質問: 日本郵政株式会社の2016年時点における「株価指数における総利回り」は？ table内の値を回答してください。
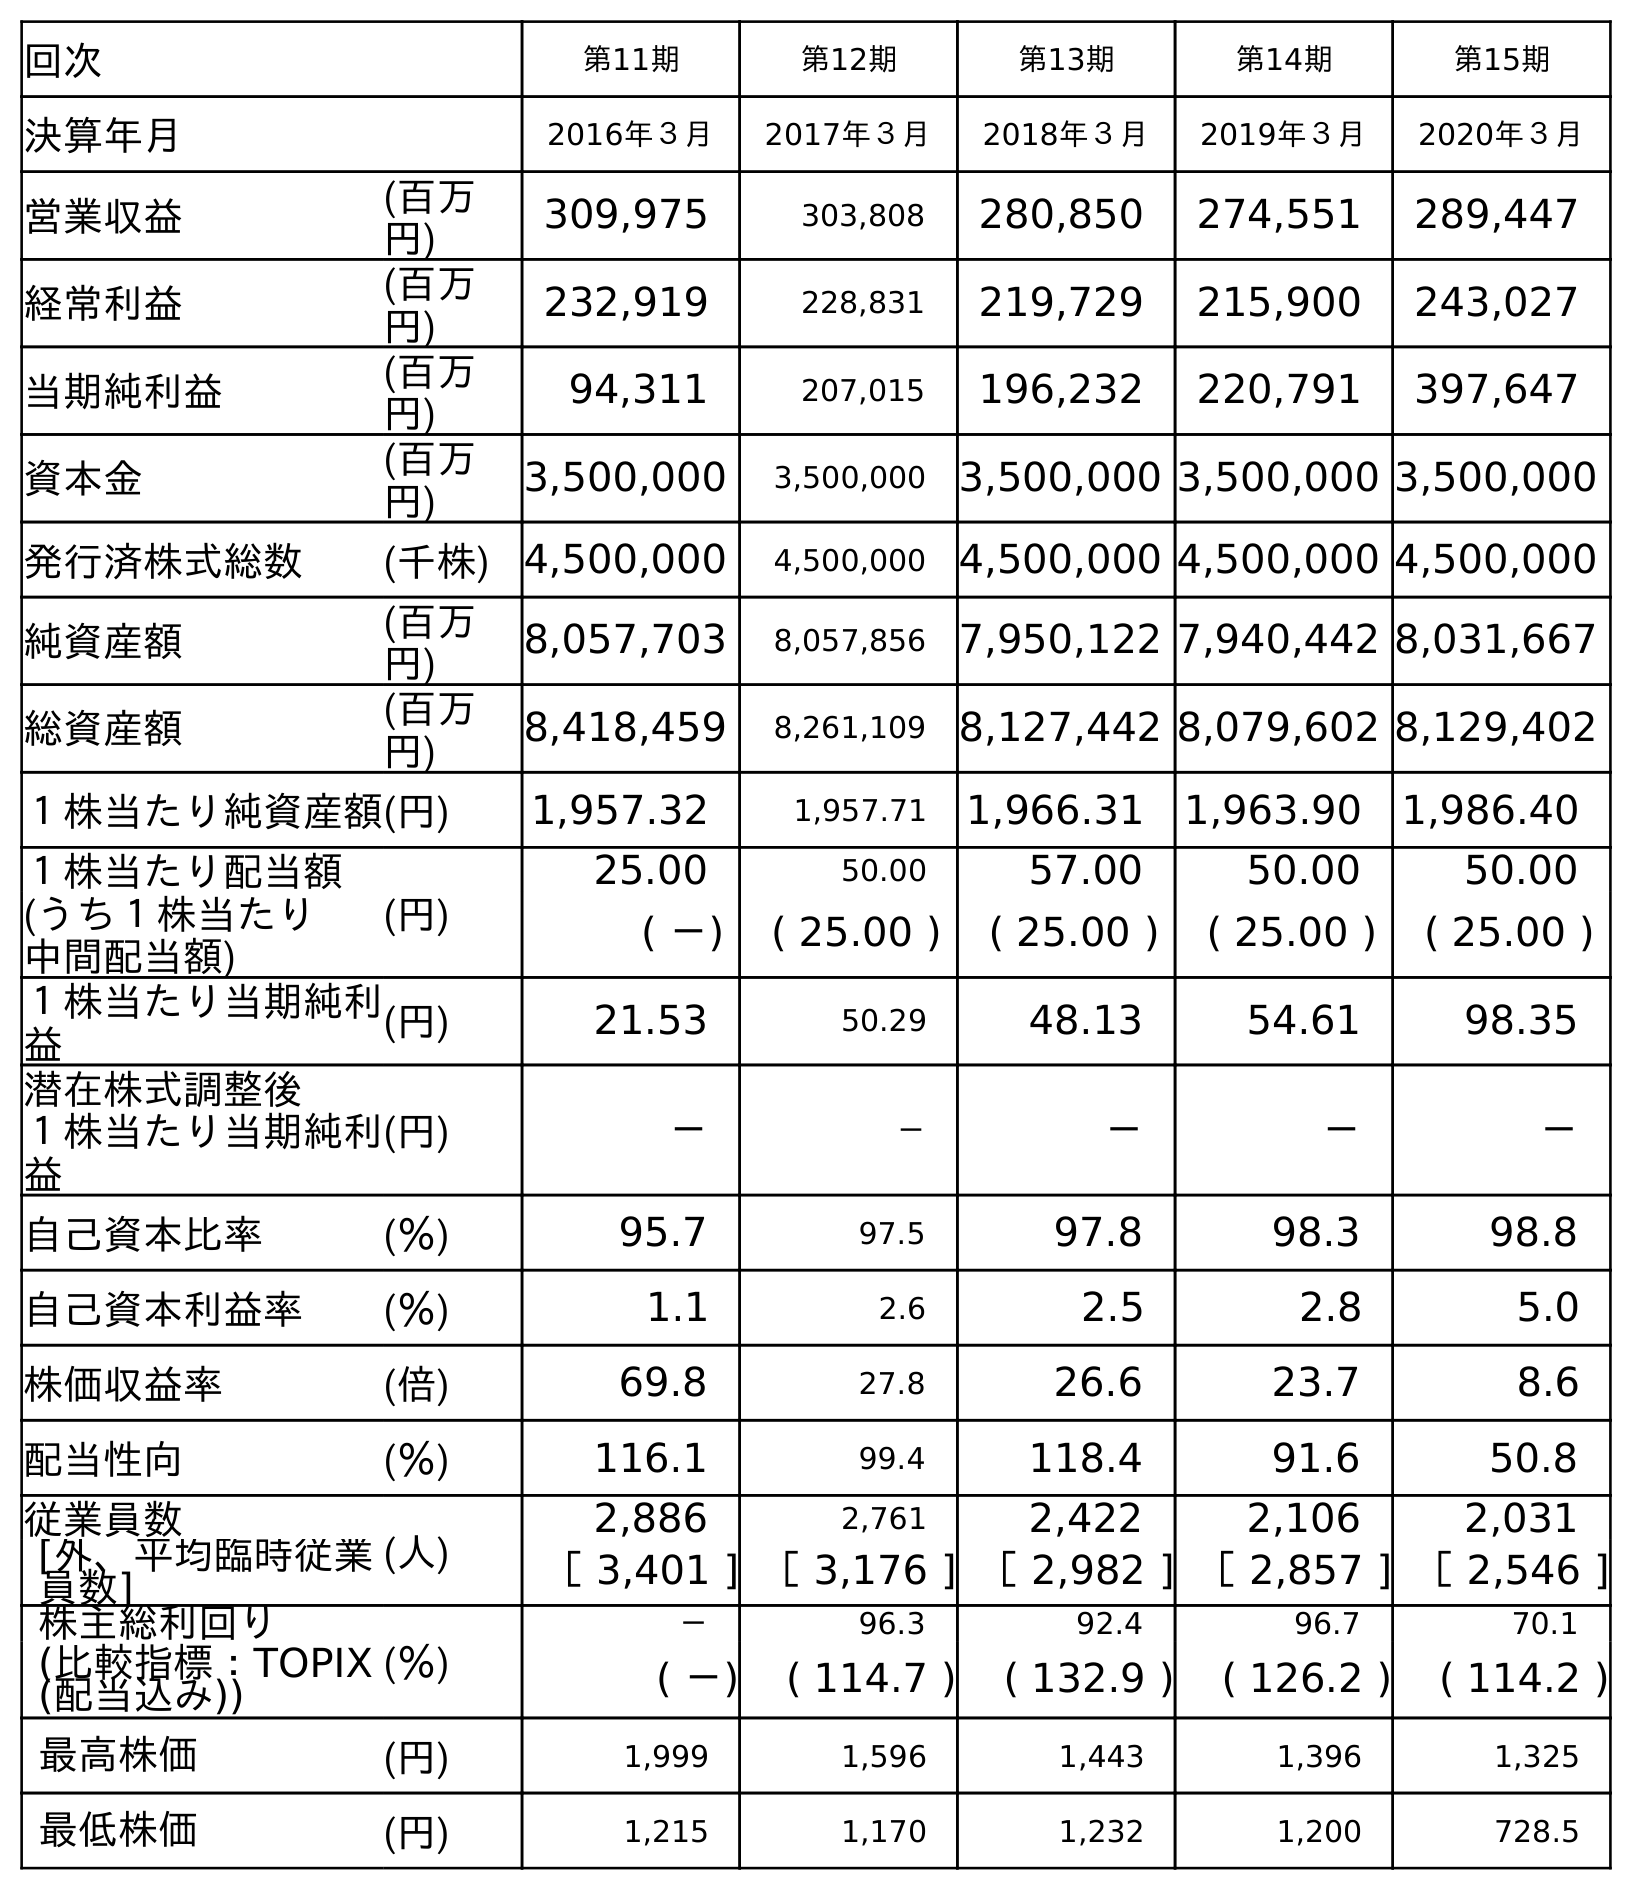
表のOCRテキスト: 回次 第11期 第12期 第13期 第14期 第15期 決算年月 2016年３月 2017年３月 2018年３月 2019年３月 2020年３月 営業収益 (百万 円) 309,975 303,808 280,850 274,551 289,447 経常利益 (百万 円) 232,919 228,831 219,729 215,900 243,027 当期純利益 (百万 円) 94,311 207,015 196,232 220,791 397,647 資本金 (百万 円) 3,500,000 3,500,000 3,500,000 3,500,000 3,500,000 発行済株式総数 (千株) 4,500,000 4,500,000 4,500,000 4,500,000 4,500,000 純資産額 (百万 円) 8,057,703 8,057,856 7,950,122 7,940,442 8,031,667 総資産額 (百万 円) 8,418,459 8,261,109 8,127,442 8,079,602 8,129,402 １株当たり純資産額(円) 1,957.32 1,957.71 1,966.31 1,963.90 1,986.40 １株当たり配当額 (円) 25.00 50.00 57.00 50.00 50.00 (うち１株当たり 中間配当額) ( －) ( 25.00 ) ( 25.00 ) ( 25.00 ) ( 25.00 ) １株当たり当期純利 益 (円) 21.53 50.29 48.13 54.61 98.35 潜在株式調整後 １株当たり当期純利 益 (円) － － － － － 自己資本比率 (％) 95.7 97.5 97.8 98.3 98.8 自己資本利益率 (％) 1.1 2.6 2.5 2.8 5.0 株価収益率 (倍) 69.8 27.8 26.6 23.7 8.6 配当性向 (％) 116.1 99.4 118.4 91.6 50.8 従業員数 (人) 2,886 2,761 2,422 2,106 2,031 [外、平均臨時従業 員数] ［ 3,401 ] ［ 3,176 ] ［ 2,982 ] ［ 2,857 ] ［ 2,546 ] 株主総利回り (％) － 96.3 92.4 96.7 70.1 (比較指標：TOPIX (配当込み)) ( －) ( 114.7 ) ( 132.9 ) ( 126.2 ) ( 114.2 ) 最高株価 (円) 1,999 1,596 1,443 1,396 1,325 最低株価 (円) 1,215 1,170 1,232 1,200 728.5
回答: (－)